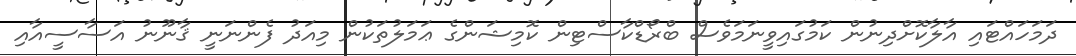
ދަމަހައްޓައި އާލާކޮށްދިނުން ކަމުގައިވީނަމަވެސް ބްރޯޑްކާސްޓިން ކޮމިޝަންގެ ޢަމަލުތަކުން މިއަދު ފެންނަނީ ޤާނޫނު އަސާސީއާއި